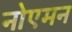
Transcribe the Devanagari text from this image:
नोएमन